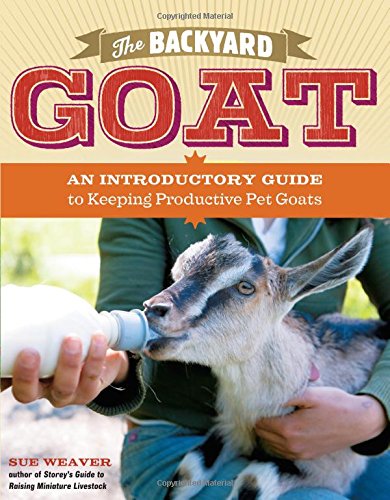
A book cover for The Backyard Goat: An Introductory Guide to Keeping and Enjoying Pet Goats, from Feeding and Housing to Making Your Own Cheese; Sue Weaver; Cookbooks, Food & Wine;